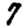
Digit: 7